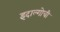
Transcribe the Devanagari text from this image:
इदाल्गोची